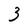
Character: 3